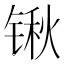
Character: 锹